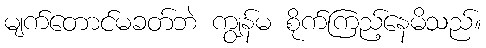
မျက်တောင်မခတ်ဘဲ ကျွန်မ စိုက်ကြည့်နေမိသည်။